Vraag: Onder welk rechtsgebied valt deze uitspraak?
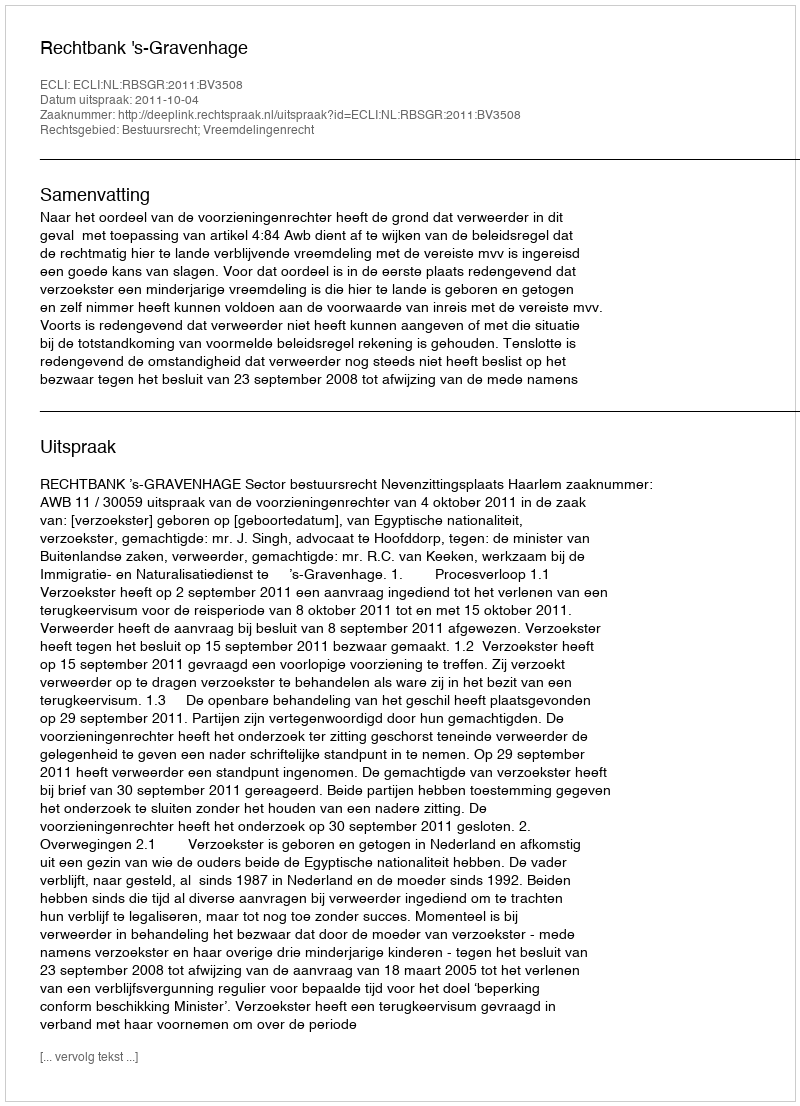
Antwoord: Bestuursrecht; Vreemdelingenrecht